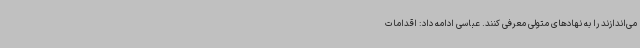
می‌اندازند را به نهادهای متولی معرفی کنند. عباسی ادامه داد: اقدامات